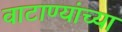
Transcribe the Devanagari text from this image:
वाटाण्यांच्या